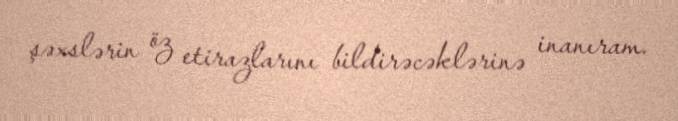
şəxslərin öz etirazlarını bildirəcəklərinə inanıram.